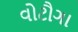
વોટૌગા